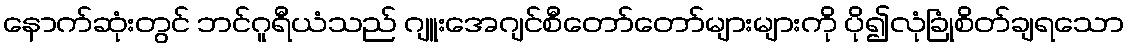
နောက်ဆုံးတွင် ဘင်ဂူရီယံသည် ဂျူးအေဂျင်စီတော်တော်များများကို ပို၍လုံခြုံစိတ်ချရသော